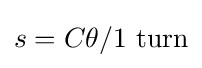
s=C\theta /1{\text{ turn}}